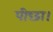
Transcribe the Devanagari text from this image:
पीछा।